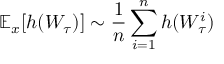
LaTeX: \mathbb { E } _ { x } [ h ( W _ { \tau } ) ] \sim { \frac { 1 } { n } } \sum _ { i = 1 } ^ { n } h ( W _ { \tau } ^ { i } )